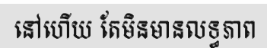
នៅហើយ តែមិនមានលទ្ធភាព